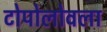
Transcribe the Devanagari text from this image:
टोपोलोवला